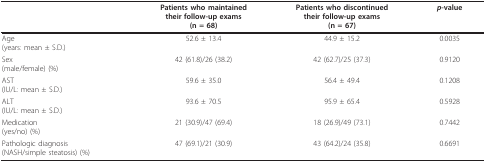
<table><thead><tr><td></td><td><b>Patients who maintainedtheir follow-up exams(n = 68)</b></td><td><b>Patients who discontinuedtheir follow-up exams(n = 67)</b></td><td><b><i>p</i>-value</b></td></tr></thead><tbody><tr><td>Age(years: mean ± S.D.)</td><td>52.6 ± 13.4</td><td>44.9 ± 15.2</td><td>0.0035</td></tr><tr><td>Sex(male/female) (%)</td><td>42 (61.8)/26 (38.2)</td><td>42 (62.7)/25 (37.3)</td><td>0.9120</td></tr><tr><td>AST(IU/L: mean ± S.D.)</td><td>59.6 ± 35.0</td><td>56.4 ± 49.4</td><td>0.1208</td></tr><tr><td>ALT(IU/L: mean ± S.D.)</td><td>93.6 ± 70.5</td><td>95.9 ± 65.4</td><td>0.5928</td></tr><tr><td>Medication(yes/no) (%)</td><td>21 (30.9)/47 (69.4)</td><td>18 (26.9)/49 (73.1)</td><td>0.7442</td></tr><tr><td>Pathologic diagnosis(NASH/simple steatosis) (%)</td><td>47 (69.1)/21 (30.9)</td><td>43 (64.2)/24 (35.8)</td><td>0.6691</td></tr></tbody></table>